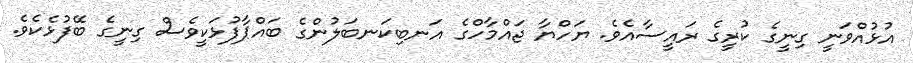
އުޅުއްވަނީ ގިނީގެ ކުރީގެ ރައީސާއެވެ. ޔަހްޔާ ޖައްމާހްގެ އަނބިކަނބަލުންގެ ބައްޕާފުޅަކީވެސް ގިނީގެ ބޭފުޅެކެވެ.